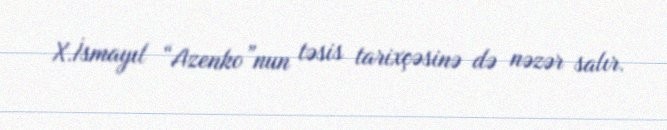
X.İsmayıl “Azenko”nun təsis tarixçəsinə də nəzər salır.